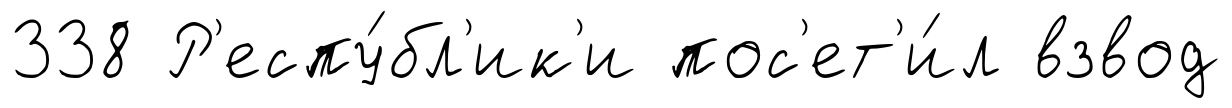
338 Р'еспу́бл'ик'и пос'ет'и́л взвод